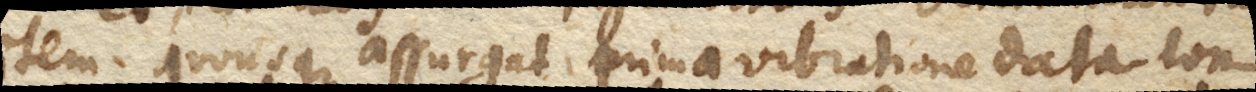
item, quousque assurgat prima vibratione data lon–